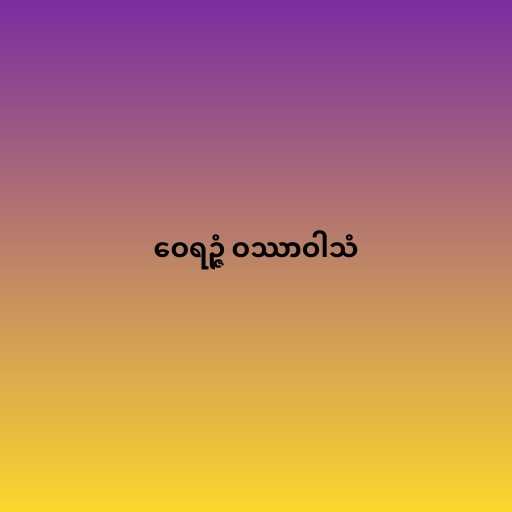
ဝေရဉ္ဇံ ဝဿာဝါသံ